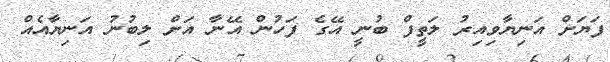
ފަޔަށް އަނިޔާވިއިރު ލަތީފް ބުނީީ އޭގެ ފަހުން އޭނާ އަށް ލިބުނު އަނިޔާއެއް